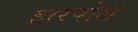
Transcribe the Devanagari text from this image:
हारपोल